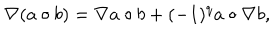
\nabla ( a \circ b ) = \nabla a \circ b + ( - 1 ) ^ { q } a \circ \nabla b ,